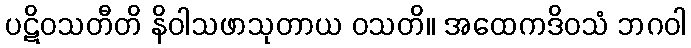
ပဋိဝသတီတိ နိဝါသဖာသုတာယ ဝသတိ။ အထေကဒိဝသံ ဘဂဝါ